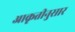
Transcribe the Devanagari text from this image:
आकृतीनुसार